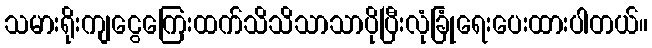
သမားရိုးကျငွေကြေးထက်သိသိသာသာပိုပြီးလုံခြုံရေးပေးထားပါတယ်။